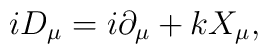
iD_\mu = i\partial_\mu + kX_\mu ,